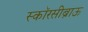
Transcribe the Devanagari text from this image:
स्कॉरसीब्राऊ